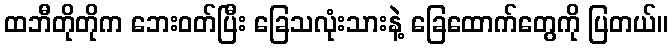
ထဘီတိုတိုက ဘေးဝတ်ပြီး ခြေသလုံးသားနဲ့ ခြေထောက်တွေကို ပြတယ်။